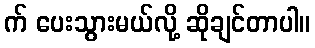
က် ပေးသွားမယ်လို့ ဆိုချင်တာပါ။